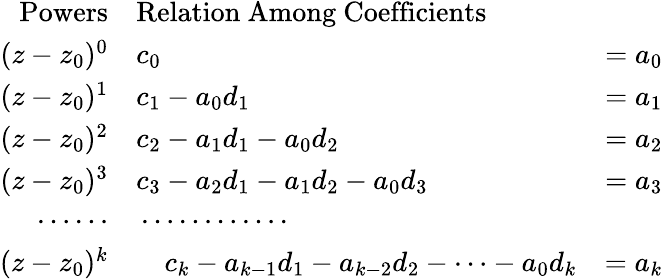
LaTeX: \begin{array}{rlr}{\mathrm{{Powers}}}&{{}\mathrm{{Relation\ Among\ Coefficients}}}&{}\\ {(z-z_{0})^{0}}&{{}c_{0}}&{=a_{0}}\\ {(z-z_{0})^{1}}&{{}c_{1}-a_{0}d_{1}}&{=a_{1}}\\ {(z-z_{0})^{2}}&{{}c_{2}-a_{1}d_{1}-a_{0}d_{2}}&{=a_{2}}\\ {(z-z_{0})^{3}}&{{}c_{3}-a_{2}d_{1}-a_{1}d_{2}-a_{0}d_{3}}&{=a_{3}}\\ {\cdots\cdots}&{{}\cdots\cdots\cdots\cdots}&{}\\ {(z-z_{0})^{k}}&{{}\, \, \, \, \, \, c_{k}-a_{k-1}d_{1}-a_{k-2}d_{2}-\cdots-a_{0}d_{k}}&{=a_{k}}\end{array}